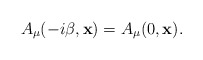
\begin{align*}A_{\mu}(-i\beta,{\bf x}) = A_{\mu}(0,{\bf x}).\end{align*}